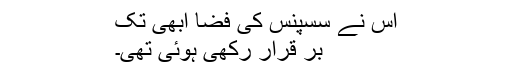
اس نے سسپنس کی فضا ابھی تک
بر قرار رکھی ہوئی تھی۔